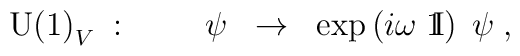
\mbox{U(1)}_V \; : \; \; \; \; \; \; \; \; \psi \; \; \rightarrow \; \;\exp\left( i \omega \; \mbox{1\hspace{-1.2mm}I} \right) \; \psi \; ,